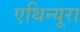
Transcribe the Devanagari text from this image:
एथिन्यूरा